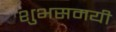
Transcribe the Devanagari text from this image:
शुभसमयी